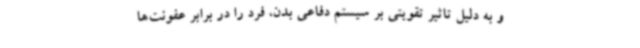
و به دلیل تاثیر تقویتی بر سیستم دفاعی بدن، فرد را در برابر عفونت‌ها